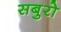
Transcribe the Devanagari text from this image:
सबुरो